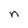
Character: n